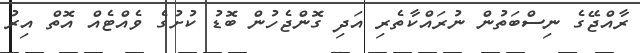
ރާއްޖޭގެ ނިސްބަތުން ނުރައްކާތެރި އަދި ގޮންޖެހުން ބޮޑު ކުށުގެ ވެއްޓެއް އޮތް އިރު